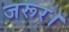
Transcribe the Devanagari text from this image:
जरूर।